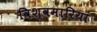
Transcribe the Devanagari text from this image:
विश्वमारियां